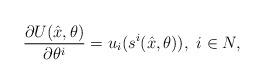
LaTeX: \begin{align*}\frac{\partial{U(\hat{x},\theta)}}{\partial{\theta^i}}= u_i(s^i(\hat{x},\theta)), \ i \in N,\end{align*}